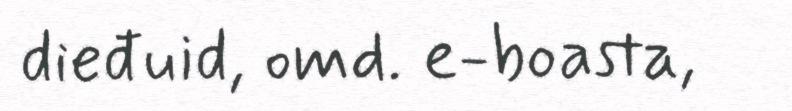
dieđuid, omd. e-boasta,